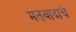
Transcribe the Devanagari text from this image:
मतवादाचे